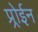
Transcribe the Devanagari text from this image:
प्र्रोईन